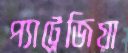
প্যাট্রেজিয়া